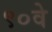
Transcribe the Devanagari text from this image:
९०वे